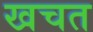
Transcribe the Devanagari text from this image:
खचत